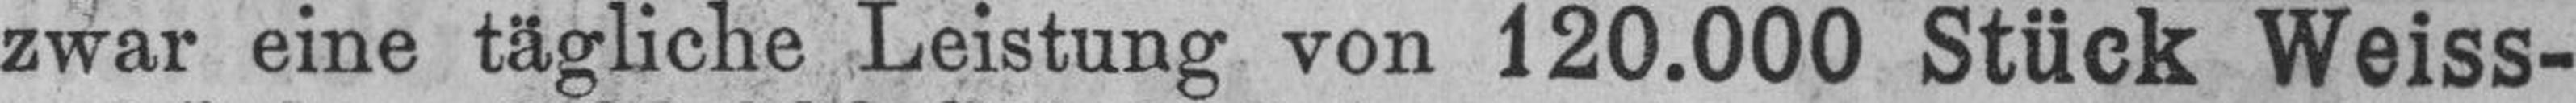
zwar eine tägliche Leistung von 120.000 Stück Weiss¬